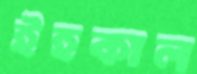
ইহকাল